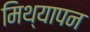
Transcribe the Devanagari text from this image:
मिथ्यापन